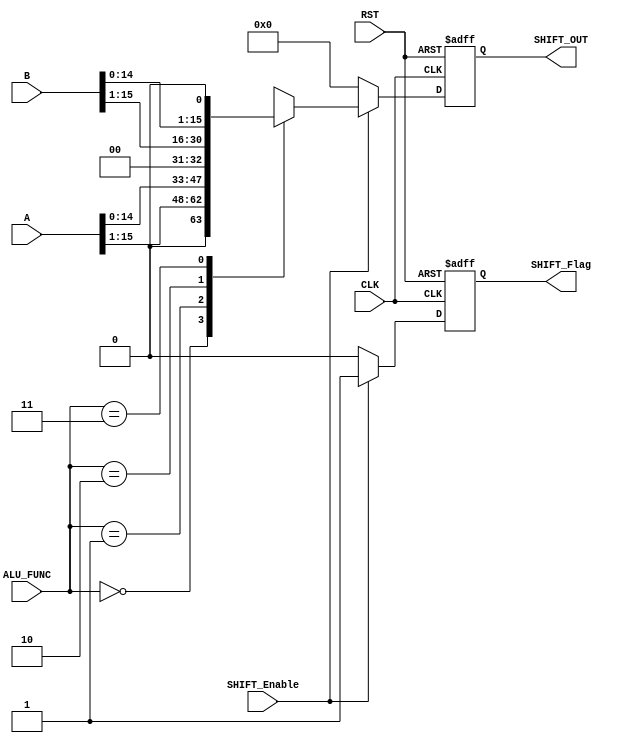
module SHIFT_UNIT #(
	parameter Width =   16
	)
	(
	input  wire  [Width-1:0] A,
	input  wire  [Width-1:0] B,
	input  wire  [1:0] 		 ALU_FUNC,
	input  wire  			 CLK,
	input  wire  			 RST,
	input  wire  			 SHIFT_Enable,
	
	output reg   [Width-1:0] SHIFT_OUT,	
	output reg	   		     SHIFT_Flag
);
	
	// Internal Signals
	 reg [Width-1:0]   SHIFT_OUT_comb;
	 reg 			   SHIFT_Flag_comb;
	
	// Register with Clock and Asynchronous Active Low Reset 
	 always @(posedge CLK or negedge RST) begin		
		if (!RST) begin
			SHIFT_OUT <= 0;	
			SHIFT_Flag <= 0;
		end
		else begin
			SHIFT_Flag <= SHIFT_Flag_comb;
			SHIFT_OUT <= SHIFT_OUT_comb;
		end
	 end
	
	// Combinational Block
	 always @(*) begin
		if(SHIFT_Enable) begin 
			SHIFT_Flag_comb = 1'b1;
			casex(ALU_FUNC)
				2'b00 : SHIFT_OUT_comb = A >> 1;
				2'b01 : SHIFT_OUT_comb = A << 1; 
				2'b10 : SHIFT_OUT_comb = B >> 1;	
				2'b11 : SHIFT_OUT_comb = B << 1;
			endcase 
		end
		else begin
			SHIFT_OUT_comb = 0 ;
			SHIFT_Flag_comb = 1'b0;
		end
	 end
endmodule